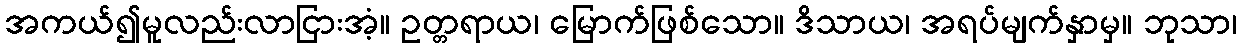
အကယ်၍မူလည်းလာငြားအံ့။ ဥတ္တရာယ၊ မြောက်ဖြစ်သော။ ဒိသာယ၊ အရပ်မျက်နှာမှ။ ဘုသာ၊